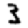
Digit: 3